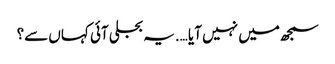
سمجھ میں نہیں آیا ….یہ بجلی آئی کہاں سے؟